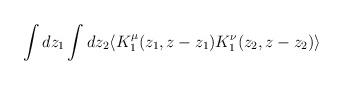
LaTeX: \begin{align*}\int dz_1 \int dz_2\langle K^\mu _1 (z_1,z-z_1)K^\nu _1(z_2, z-z_2) \rangle\end{align*}